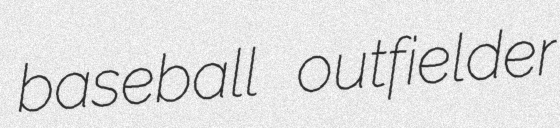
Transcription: baseball outfielder